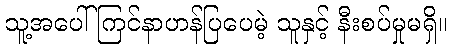
သူ့အပေါ် ကြင်နာဟန်ပြပေမဲ့ သူနှင့် နီးစပ်မှုမရှိ။